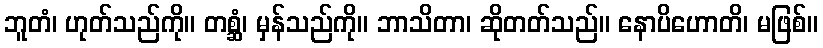
ဘူတံ၊ ဟုတ်သည်ကို။ တစ္ဆံ၊ မှန်သည်ကို။ ဘာသိတာ၊ ဆိုတတ်သည်။ နောပိဟောတိ၊ မဖြစ်။